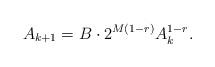
LaTeX: \begin{align*}A_{k+1} = B\cdot 2^{M(1-r)} A_k^{1-r}.\end{align*}